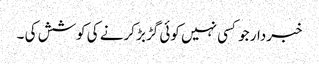
خبردار جو کسی نہیں کوئی گڑبڑ کرنے کی کوشش کی ۔